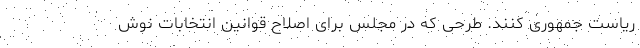
ریاست جمهوری کنند. طرحی که در مجلس برای اصلاح قوانین انتخابات نوش